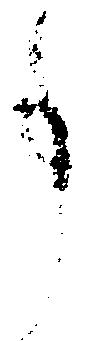
事